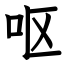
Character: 呕